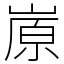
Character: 㟶